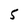
Character: 5